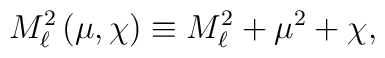
M_{\ell }^{2}\left(\mu ,\chi \right)\equiv M_{\ell }^{2}+\mu ^{2}+\chi ,